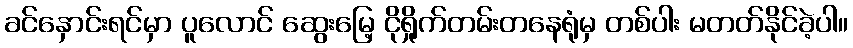
ခင်နှောင်းရင်မှာ ပူလောင် ဆွေးမြေ့ ငိုရှိုက်တမ်းတနေရုံမှ တစ်ပါး မတတ်နိုင်ခဲ့ပါ။